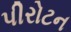
પીરોટન